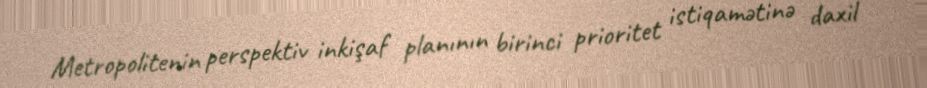
Metropolitenin perspektiv inkişaf planının birinci prioritet istiqamətinə daxil